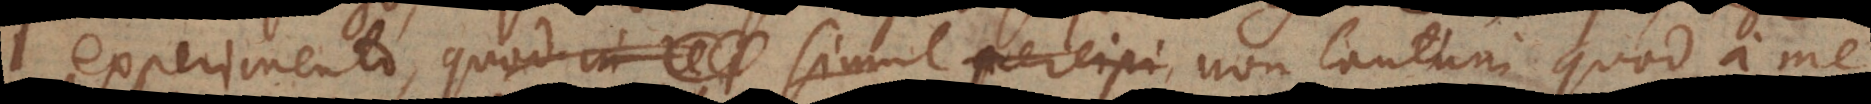
experimento, quod in re simul percipi non tantum quod a me